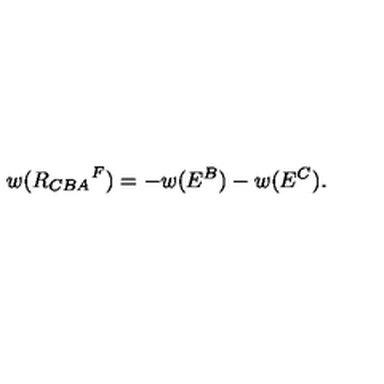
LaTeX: w ( { R _ { C B A } } ^ { F } ) = - w ( E ^ { B } ) - w ( E ^ { C } ) .